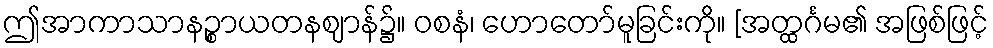
ဤအာကာသာနဉ္စာယတနဈာန်၌။ ဝစနံ၊ ဟောတော်မူခြင်းကို။ [အတ္ထင်္ဂမ၏ အဖြစ်ဖြင့်